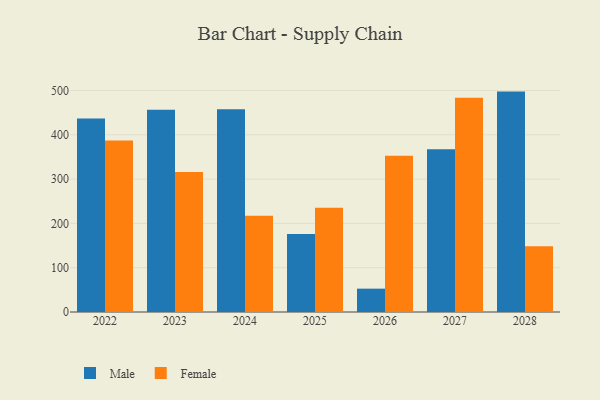
{"axis": {"x": "Year", "y": "Net Income (USD K)"}, "legend": ["Female", "Male"], "data": [{"x": "2025", "y": 176.3, "type": "Male"}, {"x": "2025", "y": 235.2, "type": "Female"}, {"x": "2027", "y": 367.5, "type": "Male"}, {"x": "2027", "y": 483.8, "type": "Female"}, {"x": "2028", "y": 497.5, "type": "Male"}, {"x": "2028", "y": 148.4, "type": "Female"}, {"x": "2024", "y": 457.4, "type": "Male"}, {"x": "2024", "y": 217.5, "type": "Female"}, {"x": "2022", "y": 437.0, "type": "Male"}, {"x": "2022", "y": 387.1, "type": "Female"}, {"x": "2023", "y": 456.7, "type": "Male"}, {"x": "2023", "y": 316.0, "type": "Female"}, {"x": "2026", "y": 52.7, "type": "Male"}, {"x": "2026", "y": 352.9, "type": "Female"}]}